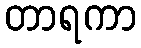
တာရကာ